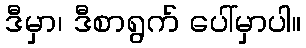
ဒီမှာ၊ ဒီစာရွက် ပေါ်မှာပါ။